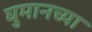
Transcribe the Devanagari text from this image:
घुमानच्या